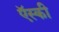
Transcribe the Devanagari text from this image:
ऍस्की